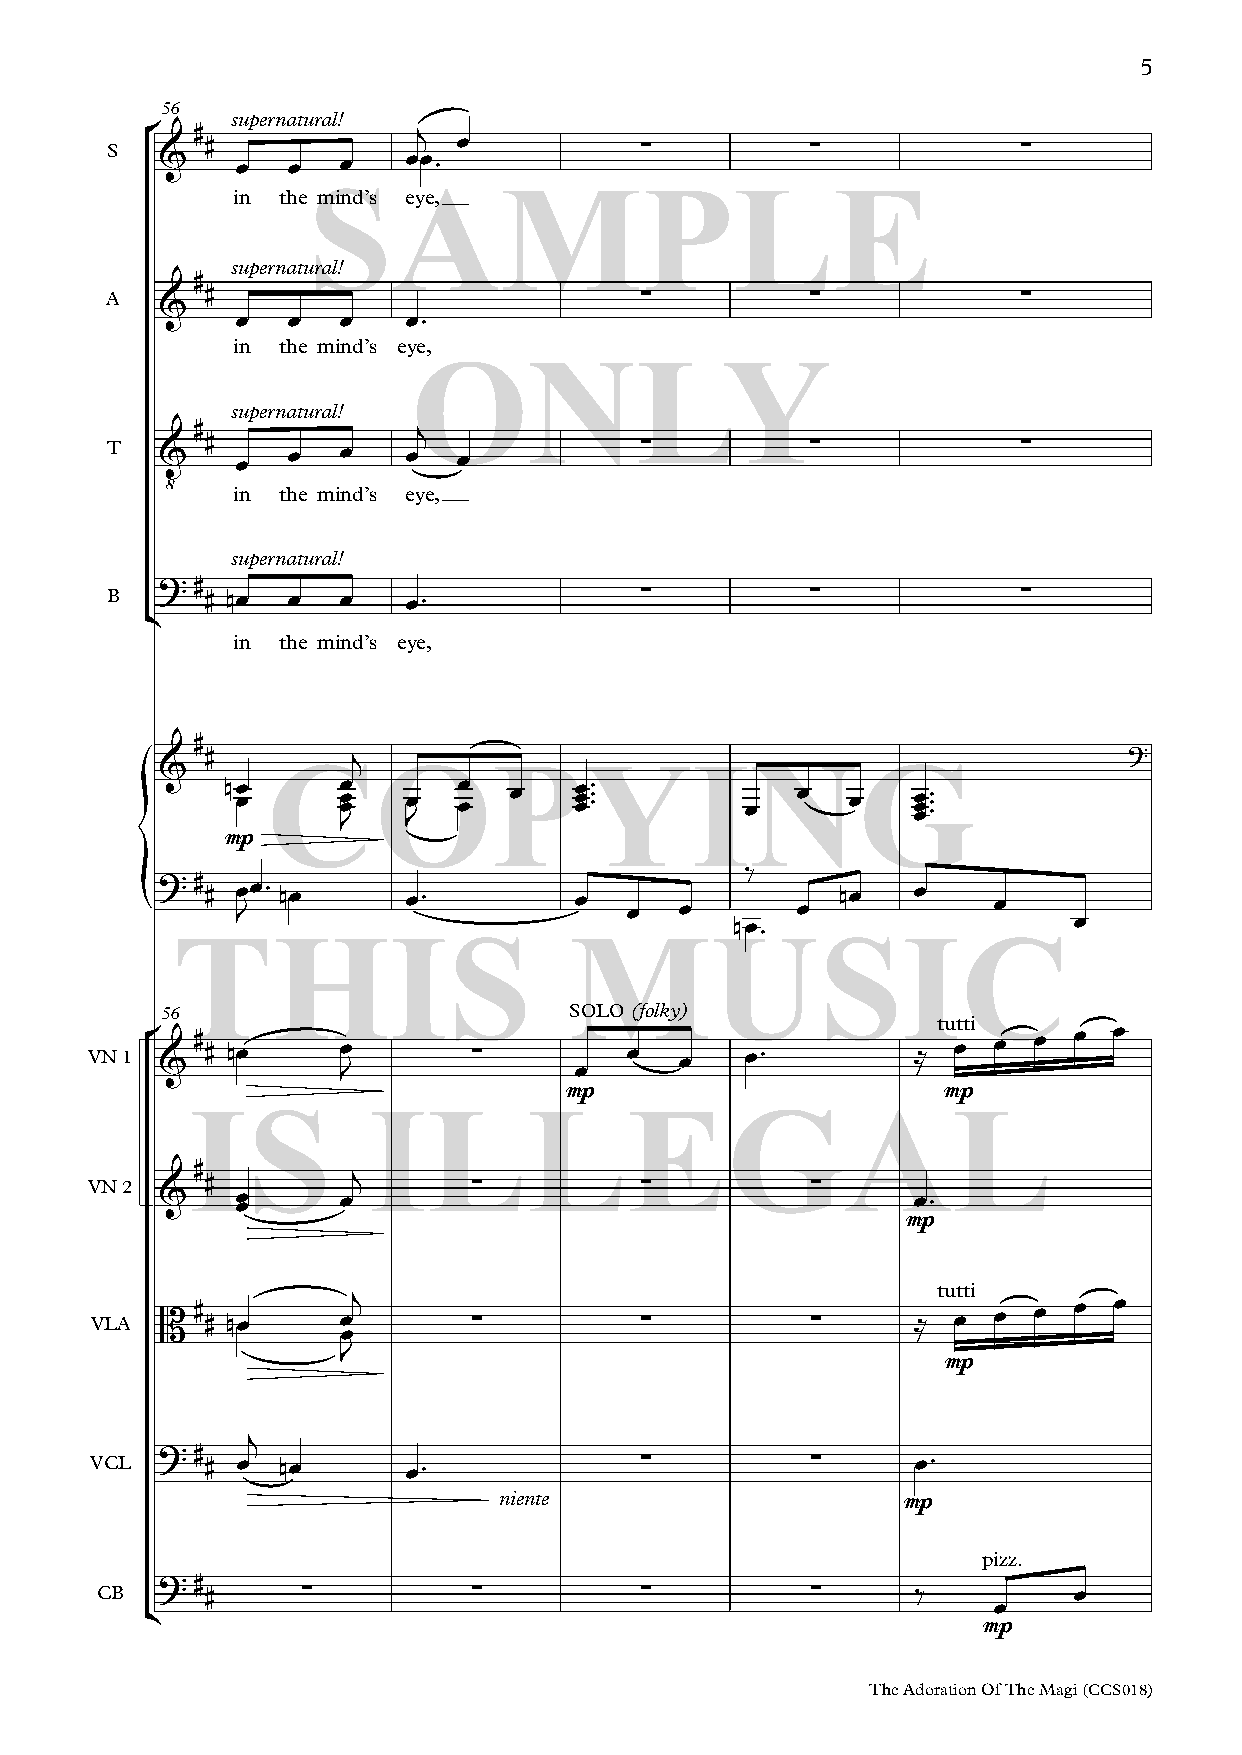
5
 °56 # # supernatural! j œ       ∑           ∑             ∑
 S   &    œ  œ   œ   œœ™
 SAMPLE
 in the mind’s eye,
 # supernatural!
 #                           ∑           ∑             ∑
 &
 A        œ  œ   œ   œ™
 in the mind’s eye,
 ONLY
 # supernatural! j
 T   &  # œ  œ   œ   œ  œ           ∑           ∑             ∑
 ‹
 in the mind’s eye,
 supernatural!
 ?#
 # nœ œ   œ   œ™             ∑           ∑             ∑
 B  ¢
 in the mind’s eye,
 #
 #        j                                                   ?
 &
 {     nœ œ Cœ œ œ
 J
 O œ Jœ œœ P œ œœœY ™™™ I œN œ  œG   œœœ ™™™
 mp
 ‰
 ?# # œ Jœ™ nœ   œ™         œ  œ   œ       œ  nœ   œ    œ
 nœ™                   œ
 THIS                       MUSIC
 VN 1
 ° &56 # # nœ œ
 J
 ∑      S œOLO œ(folky œ) œ™   ≈ tu œtti œ œ œ œ
 mp                       mp
 IS         ILLEGAL
 #
 #        j       ∑          ∑           ∑
 VN 2 &    œœ     œ                                     œ™
 mp
 B#
 # nœœ
 œj
 ∑          ∑           ∑      ≈
 tu œtti œ œ œ œ
 œ
 VLA
 J
 mp
 j
 ?#
 # œ  nœ      œ™             ∑           ∑      œ™
 VCL
 niente                     mp
 pizz.
 ?#
 #     ∑          ∑          ∑           ∑      ‰         œ
 CB  ¢                                                       œ
 mp
 The Adoration Of The Magi (CCS018)